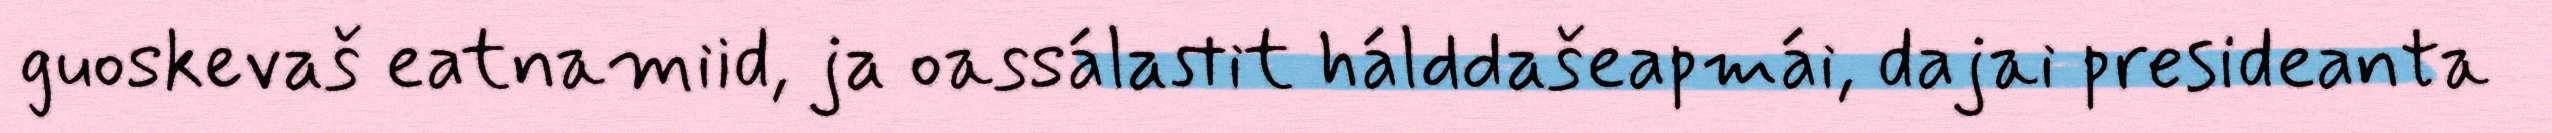
guoskevaš eatnamiid, ja oassálastit hálddašeapmái, dajai presideanta